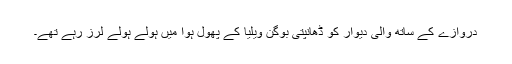
دروازے کے ساتھ والی دیوار کو ڈھانپتی بوگن ویلیا کے پھول ہوا میں ہولے ہولے لرز رہے تھے۔